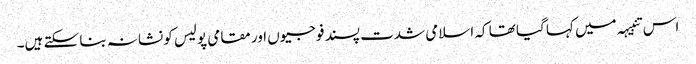
اس تنبیہہ میں کہا گیا تھا کہ اسلامی شدت پسند فوجیوں اور مقامی پولیس کو نشانہ بنا سکتے ہیں۔